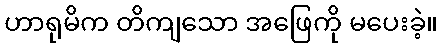
ဟာရုမိက တိကျသော အဖြေကို မပေးခဲ့။